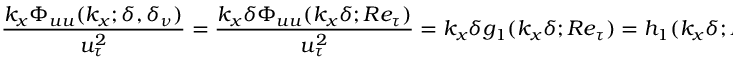
\frac { k _ { x } \Phi _ { u u } ( k _ { x } ; \delta , \delta _ { \nu } ) } { u _ { \tau } ^ { 2 } } = \frac { k _ { x } \delta \Phi _ { u u } ( k _ { x } \delta ; R e _ { \tau } ) } { u _ { \tau } ^ { 2 } } = k _ { x } \delta g _ { 1 } ( k _ { x } \delta ; R e _ { \tau } ) = h _ { 1 } ( k _ { x } \delta ; R e _ { \tau } ) .